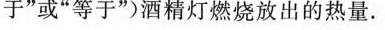
于”或”等于”)酒精灯燃烧放出的热量.